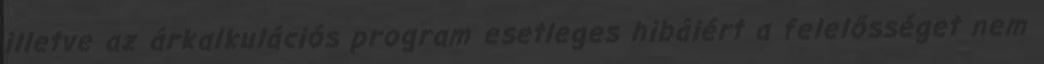
illetve az árkalkulációs program esetleges hibáiért a felelősséget nem